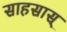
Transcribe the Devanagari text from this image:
साहसास्